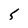
Character: 5